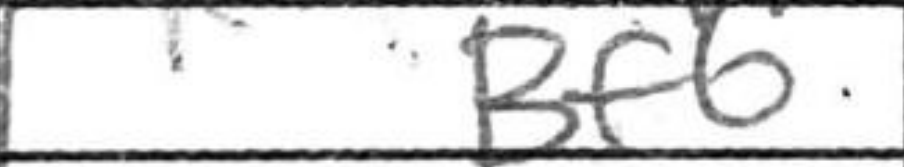
Transcription: Bf6